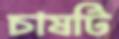
চাষটি